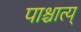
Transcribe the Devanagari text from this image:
पाश्चात्य्